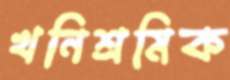
খনিশ্রমিক